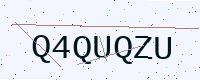
Text: Q4QUQZU